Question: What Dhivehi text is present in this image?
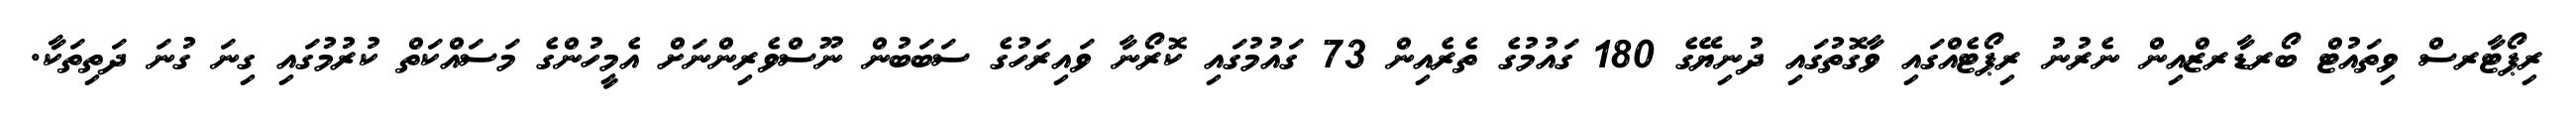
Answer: ރިޕޯޓާރސް ވިތައުޓް ބޯރޑާރޒްއިން ނެރުނު ރިޕޯޓެއްގައި ވާގޮތުގައި ދުނިޔޭގެ 180 ގައުމުގެ ތެރެއިން 73 ގައުމުގައި ކޮރޯނާ ވައިރަހުގެ ސަބަބުން ނޫސްވެރިންނަށް އެމީހުންގެ މަސައްކަތް ކުރުމުގައި ގިނަ ގުނަ ދަތިތަކާ.